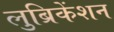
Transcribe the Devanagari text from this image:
लुब्रिकेंशन